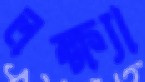
লক্ষ্যা